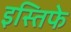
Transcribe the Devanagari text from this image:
इस्तिफे